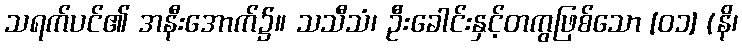
သရက်ပင်၏ အနီးအောက်၌။ သသီသံ၊ ဦးခေါင်းနှင့်တကွဖြစ်သော [၀၁] (နိ၊